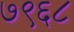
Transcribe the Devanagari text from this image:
७९६८